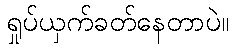
ရှုပ်ယှက်ခတ်နေတာပဲ။